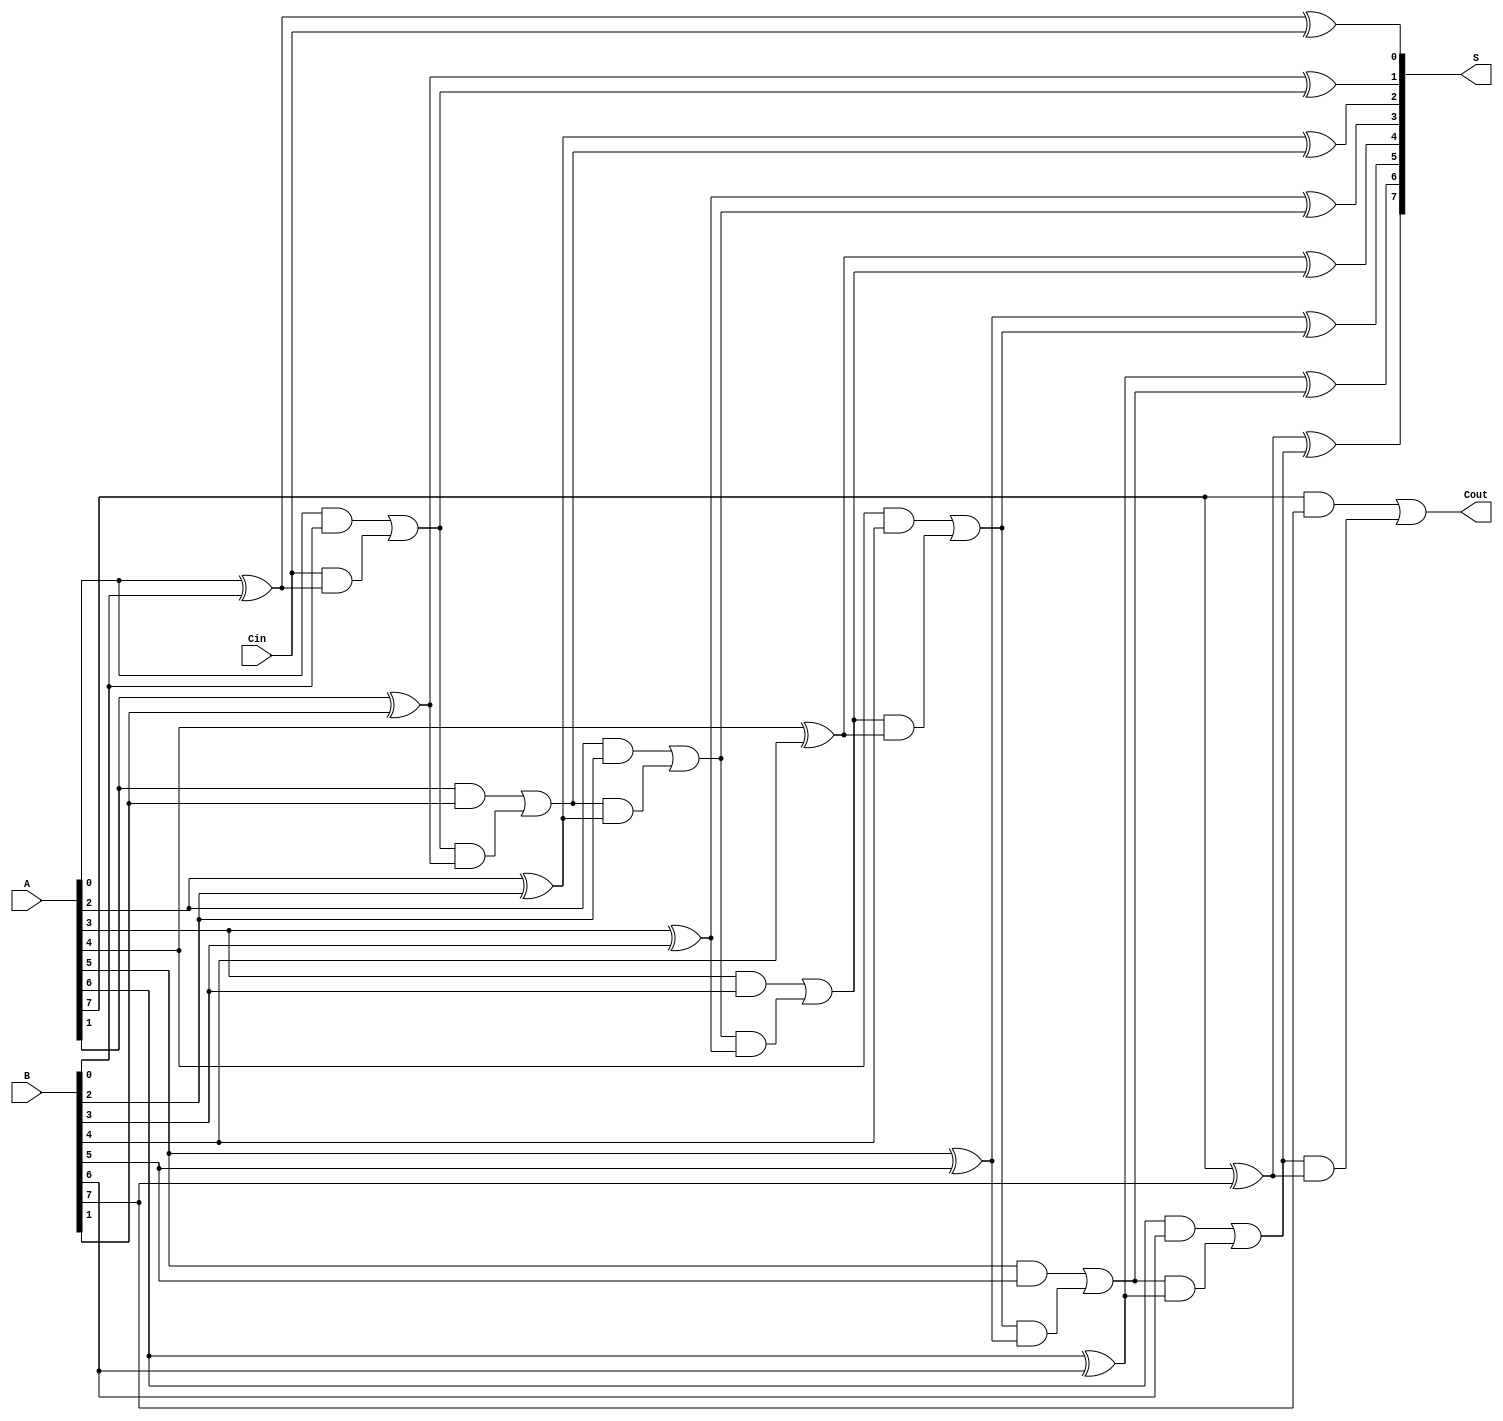
module ManchesterCarryChainAdder #(parameter n = 8) (
    input  wire [n-1:0] A,        // First n-bit input
    input  wire [n-1:0] B,        // Second n-bit input
    input  wire Cin,              // Optional carry-in signal
    output wire [n-1:0] S,        // n-bit sum output
    output wire Cout              // Carry-out signal
);

// Internal carry signals
wire [n:0] C; // C[0] is the carry-in, C[1] to C[n] are generated by the full adders

// Assign the carry-in to the first carry signal
assign C[0] = Cin;

// Full adder logic
genvar i;
generate
    for (i = 0; i < n; i = i + 1) begin : full_adder
        // Carry generation for each bit
        assign C[i + 1] = (A[i] & B[i]) | (C[i] & (A[i] ^ B[i]));
        
        // Sum calculation for each bit
        assign S[i] = A[i] ^ B[i] ^ C[i];
    end
endgenerate

// Carry out is the last carry signal
assign Cout = C[n];

endmodule